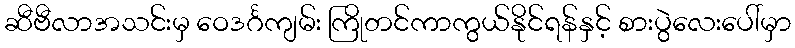
ဆီဗီလာအသင်းမှ ဝေဒင်္ဂကျမ်း ကြိုတင်ကာကွယ်နိုင်ရန်နှင့် စားပွဲလေးပေါ်မှာ